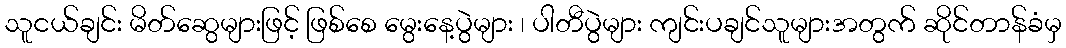
သူငယ်ချင်း မိတ်ဆွေများဖြင့် ဖြစ်စေ မွေးနေ့ပွဲများ ၊ ပါတီပွဲများ ကျင်းပချင်သူများအတွက် ဆိုင်တာန်ခံမှ